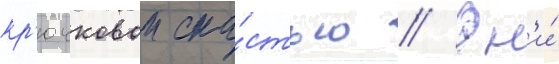
кр'ючковои сна́стью // Он'и́